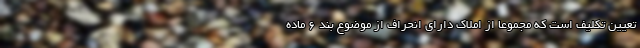
تعیین تکلیف است که مجموعاً از املاک دارای انحراف از موضوع بند ۶ ماده